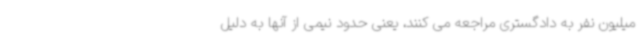
میلیون نفر به دادگستری مراجعه می کنند، یعنی حدود نیمی از آنها به دلیل